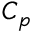
C _ { p }